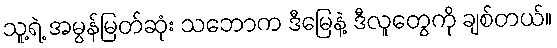
သူ့ရဲ့ အမွန်မြတ်ဆုံး သဘောက ဒီမြေနဲ့ ဒီလူတွေကို ချစ်တယ်။